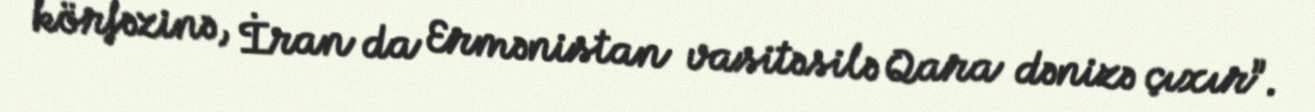
körfəzinə, İran da Ermənistan vasitəsilə Qara dənizə çıxır”.